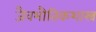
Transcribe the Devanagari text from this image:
जैवभौतिकशास्त्र